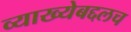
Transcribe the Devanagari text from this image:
व्याख्येबद्दलच